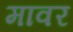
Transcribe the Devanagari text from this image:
मावर